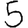
Digit: 5